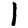
Digit: 1